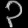
Digit: ၃